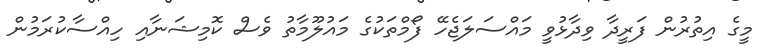
މީގެ އިތުރުން ފަރީދާ ވިދާޅުވީ މައްސަލަޖެހޭ ފޯމްތަކުގެ މައުލޫމާތު ވެސް ކޮމިޝަނާއި ހިއްސާކުރަމުން